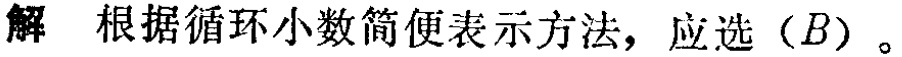
解 根据循环小数简便表示方法，应选（\(B\)）。